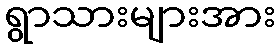
ရွာသားများအား